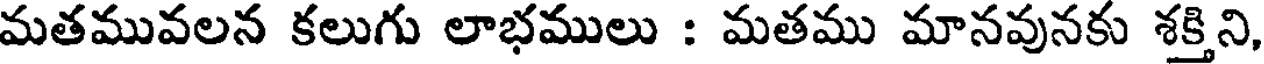
మతమువలన కలుగు లాభములు : మతము మానవునకు శక్తిని